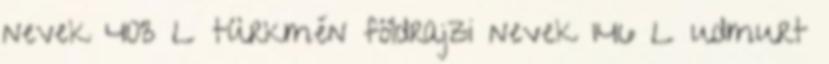
nevek‎ 403 L türkmén földrajzi nevek‎ 146 L udmurt